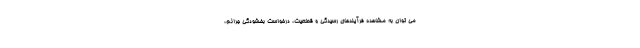
می توان به مشاهده فرآیندهای رسیدگی و قطعیت، درخواست بخشودگی جرائم،